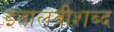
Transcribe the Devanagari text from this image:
इतालवीशब्द